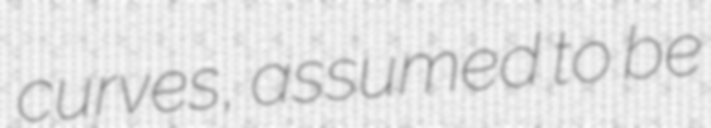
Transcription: curves, assumed to be